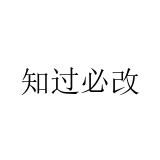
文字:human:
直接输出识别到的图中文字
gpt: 知过必改